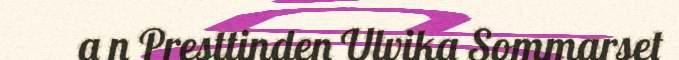
a n Presttinden Ulvika Sommarset